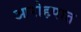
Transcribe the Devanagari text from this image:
आरोहपात